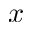
x